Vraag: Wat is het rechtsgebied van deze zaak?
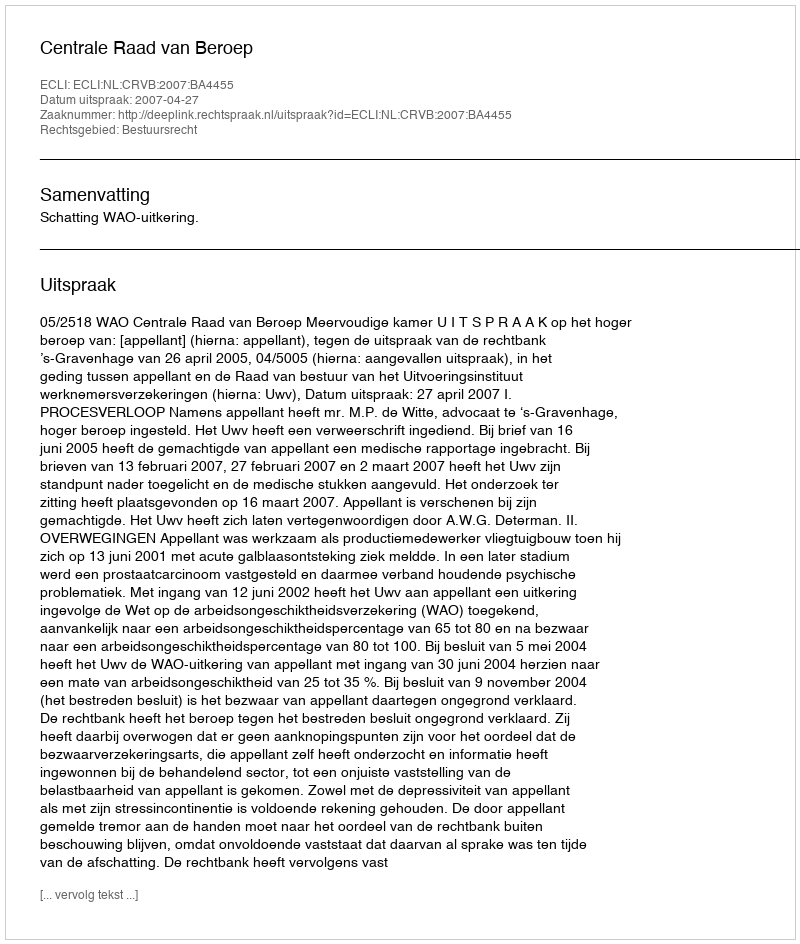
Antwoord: Bestuursrecht